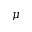
\mu